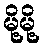
မို့မို့